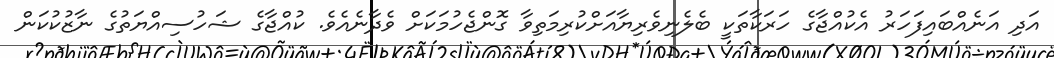
އަދި އަނެއްބައިފަހަރު އެކުއްޖާގެ ހަރަކާތަކީ ބެލެނިވެރިޔާއަށްކުރިމަތިވާ ގޮންޖެހުމަކަށް ވެދާނެއެވެ. ކުއްޖާގެ ޝަހުސިއްޔަތުގެ ނާޒުކުކަން